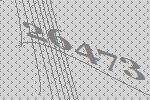
26473